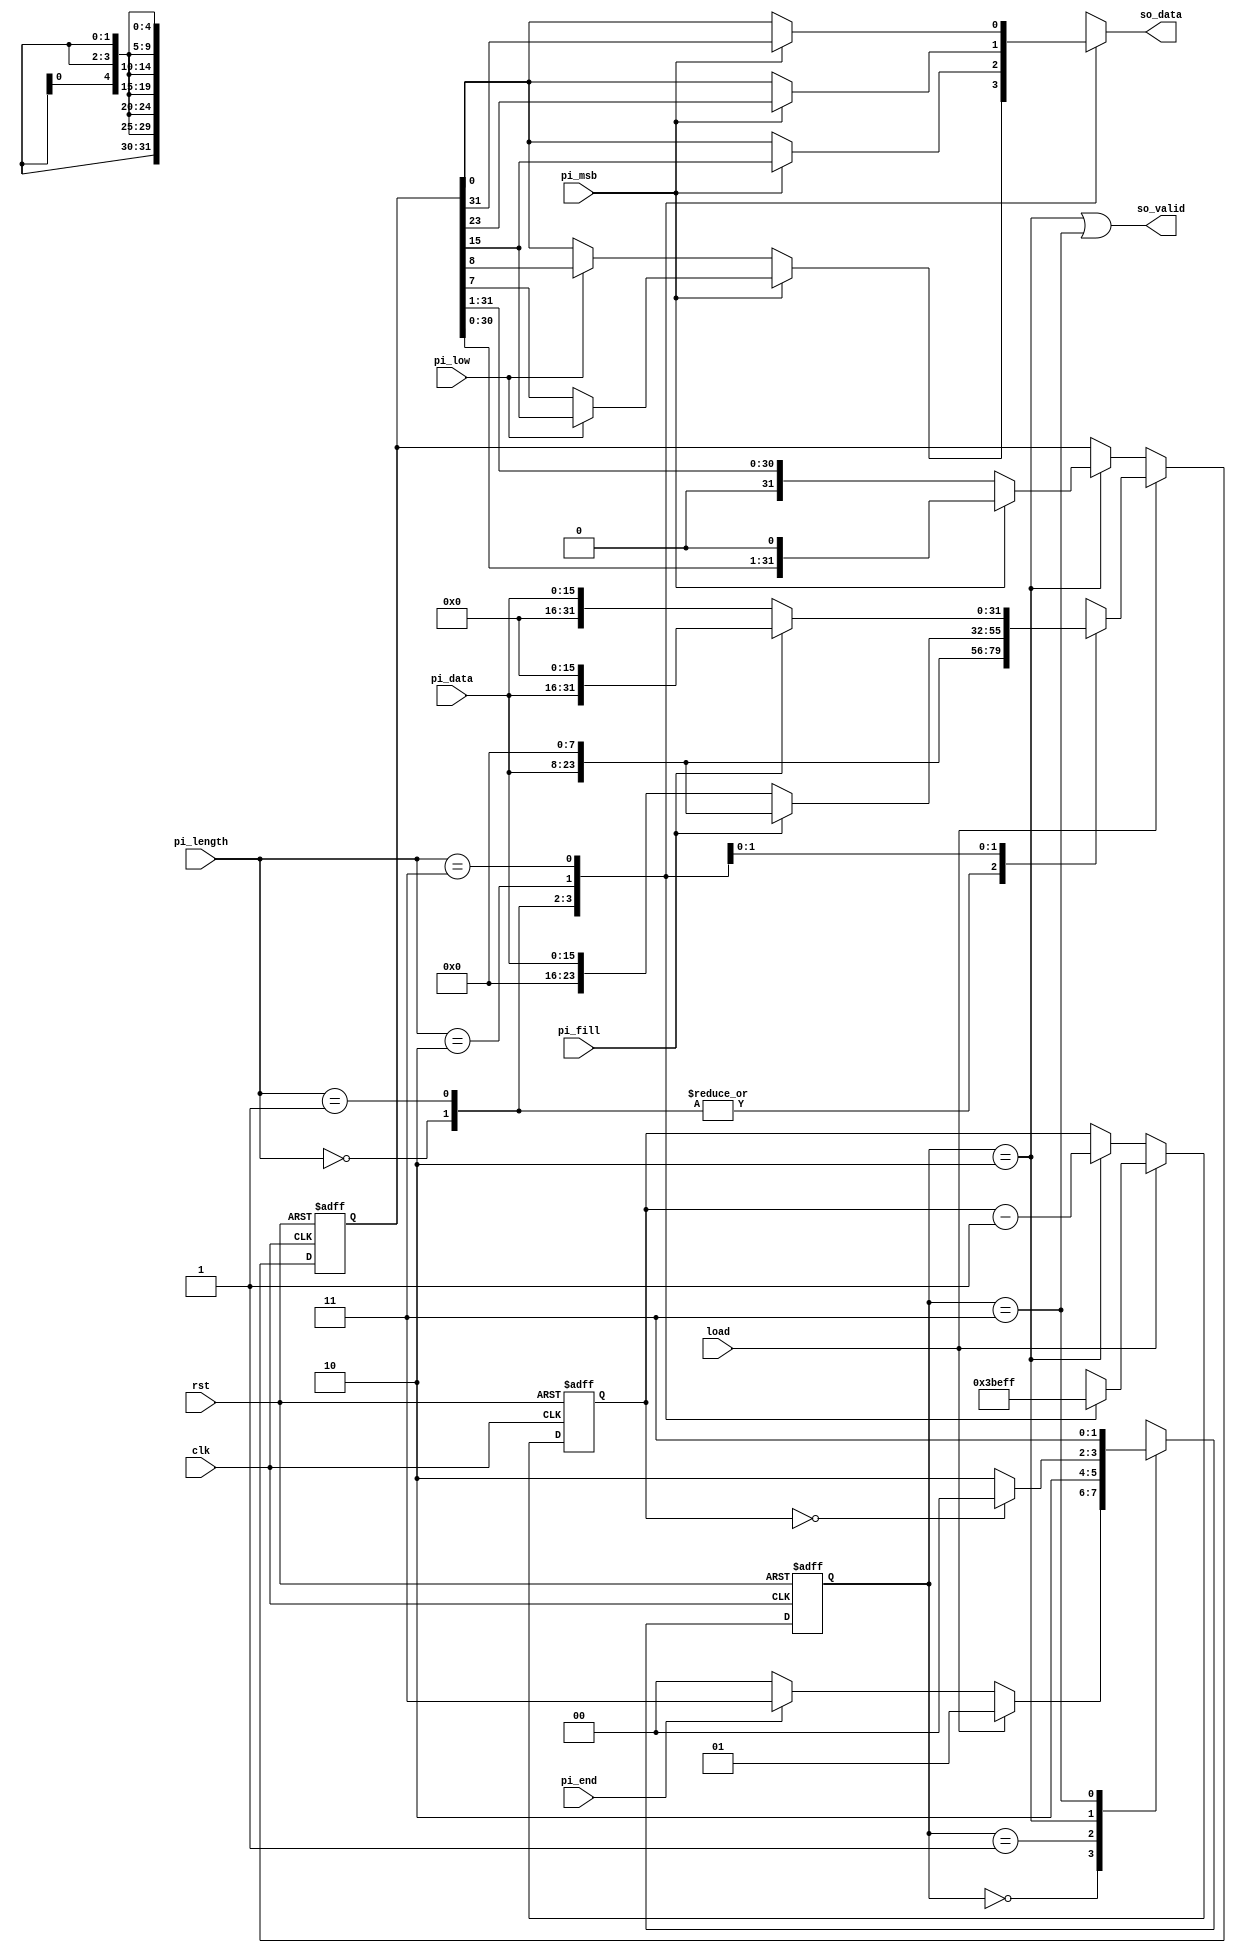

module STI(
input clk,
input rst,
input load,
input pi_fill,
input pi_msb,
input pi_low,
input [1:0]pi_length,
input [15:0]pi_data,
input pi_end,
output so_valid,
output reg so_data
);
reg [1:0]nstate;
reg [1:0]state;
reg [31:0]data;
reg [4:0]counter;

wire enable;
parameter idle=2'b00,load_data=2'b01,busy=2'b10,finish=2'b11;

assign enable=(state==busy);
assign so_valid=(state==busy)|(state==finish);




always@(posedge clk,posedge rst)
begin
	if(rst)
	state<=idle;
	else
	state<=nstate;
end

always@(*)
begin
	case(state)
	idle:begin
			if(load)
			nstate=load_data;
			else if(pi_end)
			nstate=finish;
			else
			nstate=idle;
		  end
	load_data:nstate=busy;
	busy:begin
			if(counter==5'd0)
			nstate=idle;
			else
			nstate=busy;
		  end
	finish:nstate=finish;
	default:nstate=idle;
	endcase
end






always @(posedge clk,posedge rst)
begin
	if(rst)
		data<=32'd0;
	else if(load)
		begin
			case(pi_length)
			2'b00:data<={16'd0,pi_data};
			2'b01:data<={16'd0,pi_data};
			2'b10:
					if(pi_fill)
					data<={pi_data,8'd0};
					else
					data<={16'd0,pi_data};
			2'b11:
					if(pi_fill)
					data<={pi_data,16'd0};
					else
					data<={16'd0,pi_data};
			endcase
		end
	 else if(enable)
		begin
				if(pi_msb)
				data<=data<<1'b1;
				else
				data<=data>>1'b1;
		end
	 
end

always @(posedge clk,posedge rst)
begin
	if(rst)
		counter<=5'd0;
	else if(load)
		begin
			case(pi_length)
			2'b00:counter<=5'd7;
			2'b01:counter<=5'd15;
			2'b10:counter<=5'd23;
			2'b11:counter<=5'd31;
			endcase
		end
	else if(enable)
		counter<=counter-5'd1;
end

always@(*)
begin
	case(pi_length)
	2'b00:begin
			if(pi_msb)
				begin
				if(pi_low)
				so_data=data[15];
				else
				so_data=data[7];
				end
			else
				begin
				if(pi_low)
				so_data=data[8];
				else
				so_data=data[0];
				end
			end
	2'b01:begin
			if(pi_msb)
				so_data=data[15];
			else
				so_data=data[0];
			end
	2'b10:begin
			if(pi_msb)
				so_data=data[23];
			else
				so_data=data[0];
			end
	2'b11:begin
			if(pi_msb)
				so_data=data[31];
			else
				so_data=data[0];
			end
	endcase
end

endmodule